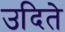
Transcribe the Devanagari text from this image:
उदिते